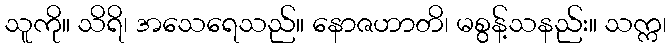
သူကို။ သိရိ၊ အသေရေသည်။ နောဇဟာတိ၊ မစွန့်သနည်း။ သက္က၊